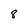
Character: 8